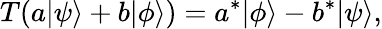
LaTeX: T(a\vert\psi\rangle+b\vert\phi\rangle)=a^{*}\vert\phi\rangle-b^{*}\vert\psi\rangle,